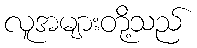
လူအများတို့သည်